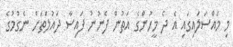
މި މައްސަލައިގައި އެ ދެ މީހުންގެ އަތުން ފެނުނު ފައިސާ ދައުލަތަށް ނެގުމުގެ